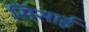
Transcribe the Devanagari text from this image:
सिसाई